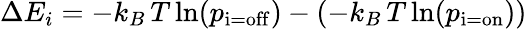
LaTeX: \Delta E_{i}=-k_{B}\, T\ln(p_{\mathrm{i=off}})-(-k_{B}\, T\ln(p_{\mathrm{i=on}}))